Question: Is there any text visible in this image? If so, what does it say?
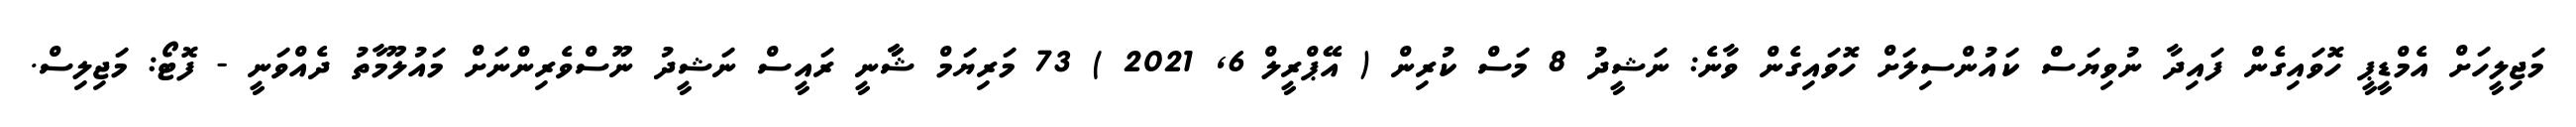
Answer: މަޖިލީހަށް އެމްޑީޕީ ހޮވައިގެން ފައިދާ ނުވިޔަސް ކައުންސިލަށް ހޮވައިގެން ވާނެ: ނަޝީދު 8 މަސް ކުރިން ( އޭޕްރީލް 6, 2021 ) 73 މަރިޔަމް ޝާާނީ ރައީސް ނަޝީދު ނޫސްވެރިންނަށް މައުލޫމާތު ދެއްވަނީ - ފޮޓޯ: މަޖިލިސް.